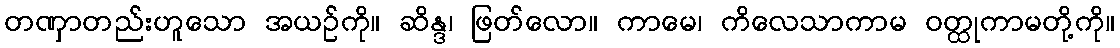
တဏှာတည်းဟူသော အယဉ်ကို။ ဆိန္ဒ၊ ဖြတ်လော။ ကာမေ၊ ကိလေသာကာမ ဝတ္ထုကာမတို့ကို။